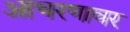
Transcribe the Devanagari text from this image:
आचरणावर